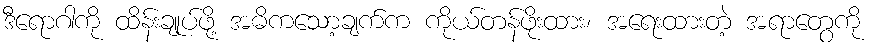
ဒီရောဂါကို ထိန်းချုပ်ဖို့ အဓိကသော့ချက်က ကိုယ်တန်ဖိုးထား၊ အရေးထားတဲ့ အရာတွေကို